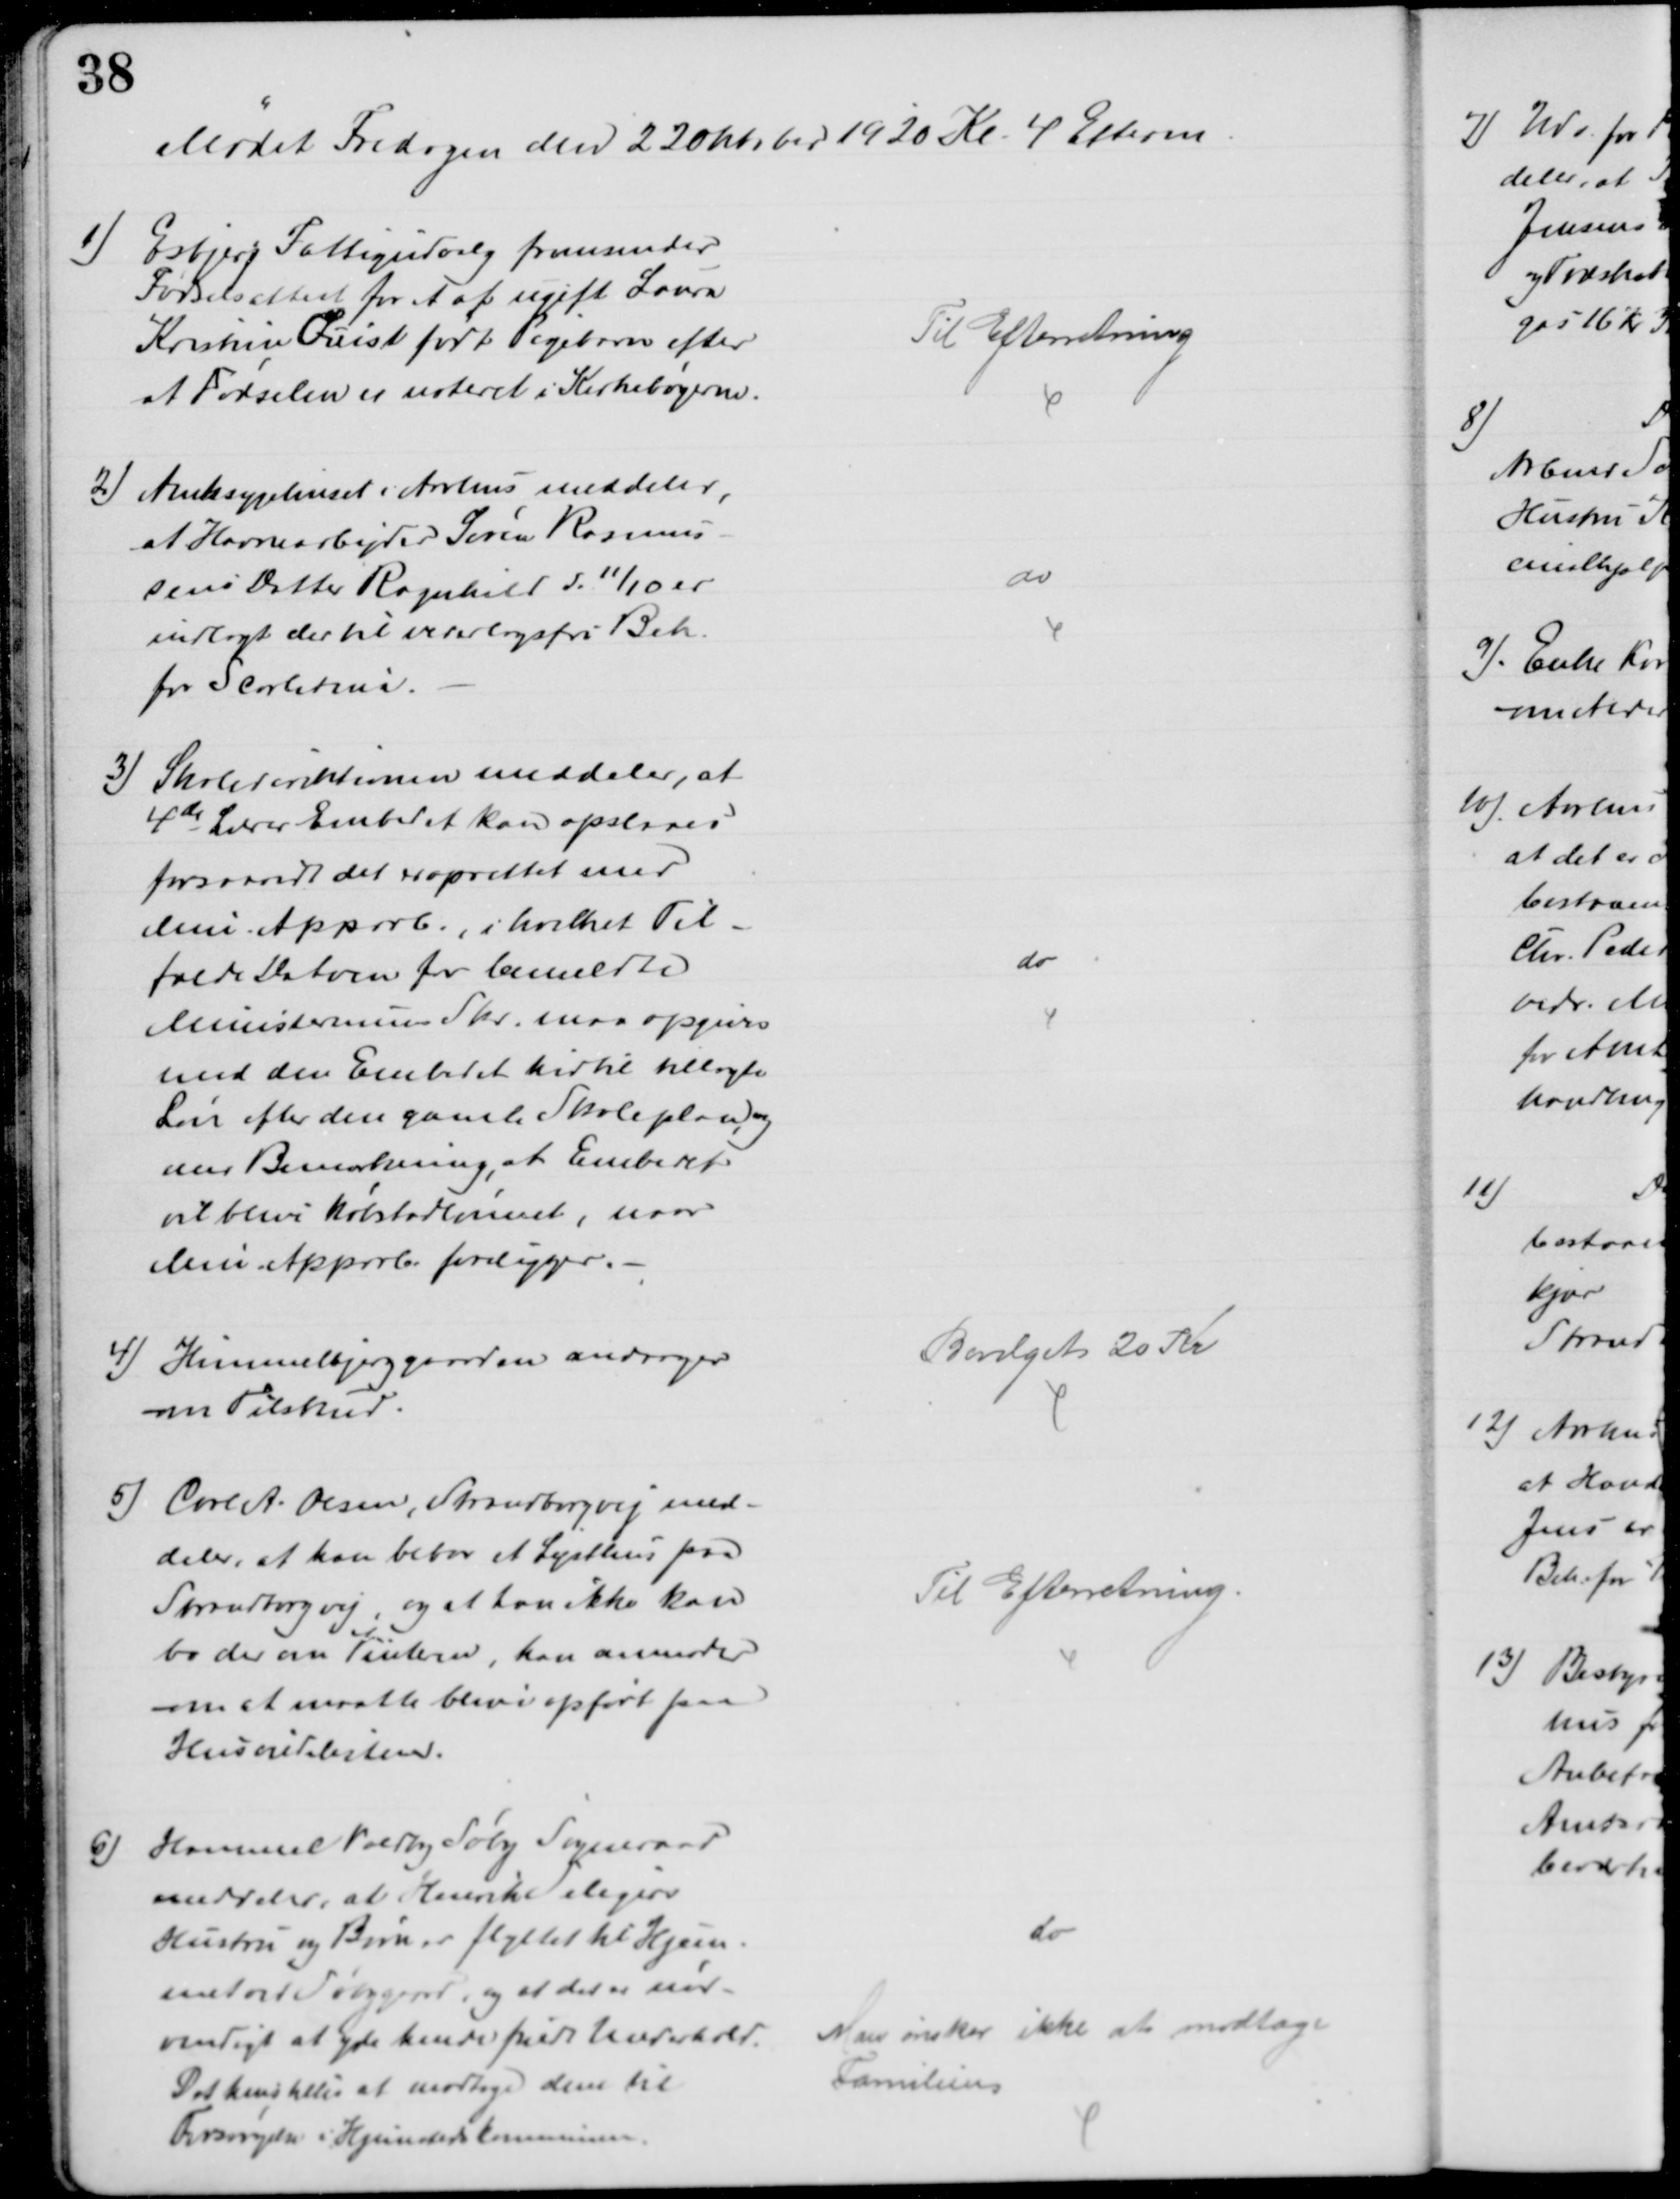
Transskription:
Mødet Fredagen den 22 oktober 1920 Kl. 4 Efterm
1)
Esbjerg Fattigudvalg fremsender
Fødselsattest for et af ugift Laura
Kristine Quist født Pigebarn efter
at Fødselen er noteret i Kirkebøgerne.
Til Efterretning
2) Amtssygehuset i Aarhus meddeler,
at Havnearbejder Søren Rasmus-
sens Datter Ragnhild d. 11/10 er
indlagt der til vederlagsfri Beh.
for Scarlatina.
do
3)
Skoledirektionen meddeler, at
4de Lærer Embedet kan opslaaes
forsaavidt det er oprettet med
Min. Approb., i hvilket Til-
fælde Datoen for bemeldte
Ministeriums Skr. maa opgives
med den Embedet hertil tillagte
Løn efter den gamle Skoleplan, og
med Bemærkning, at Embedet
vil blive købstadlønnet, naar
Min. Approb. foreligger.
do
4) Himmelbjerggaarden andrager
om Tilskud.
Bevilget 20 Kr
5) Carl A. Olsen, Strandborgvej med-
deler, at han bebor et Lysthus paa
Strandborgvej, og at han ikke kan
bo der om Vinteren, han anmoder
om at maatte blive opført paa
Husvildelisten.
Til Efterretning.
6) Hammel Voldby Søby Sogneraad
meddeler, at Henrik Seligers
Hustru og Børn er flyttet til Hjem-
met ved Søbygaard, og at det er nød-
vendigt at yde hende fuld Underhold.
Det henstilles at modtage dem til
Forsørgelse i Hjemstedskommunen
do
Man ønsker ikke at modtage
Familien